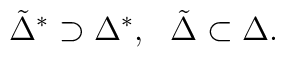
{\tilde{\Delta}}^{*}\supset{{\Delta}^{*}},\ \ {\tilde{\Delta}}\subset{\Delta}.